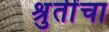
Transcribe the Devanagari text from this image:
श्रुतींचा